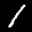
Label: 1